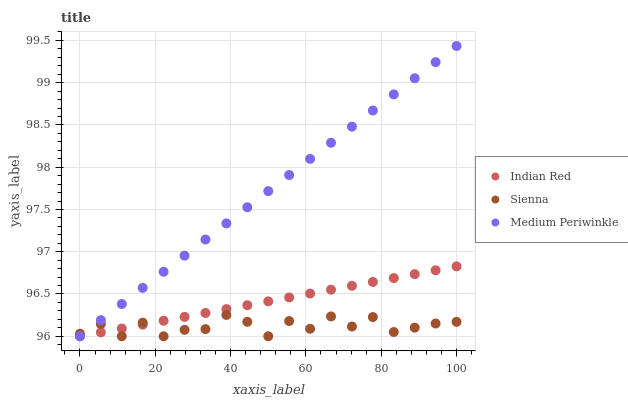
| xaxis_label | Indian Red | Sienna | Medium Periwinkle |
 | --- | --- | --- | --- |
 | 0 | 96 | 96 | 96 |
 | 5.56 | 96 | 96.1 | 96.2 |
 | 11.1 | 96.1 | 96 | 96.4 |
 | 16.7 | 96.1 | 96.2 | 96.6 |
 | 22.2 | 96.2 | 96 | 96.8 |
 | 27.8 | 96.2 | 96.1 | 97 |
 | 33.3 | 96.3 | 96.1 | 97.1 |
 | 38.9 | 96.3 | 96.3 | 97.3 |
 | 44.4 | 96.4 | 96.2 | 97.5 |
 | 50 | 96.4 | 96 | 97.7 |
 | 55.6 | 96.5 | 96.2 | 97.9 |
 | 61.1 | 96.5 | 96.1 | 98.1 |
 | 66.7 | 96.6 | 96.2 | 98.3 |
 | 72.2 | 96.6 | 96.1 | 98.5 |
 | 77.8 | 96.6 | 96.2 | 98.7 |
 | 83.3 | 96.7 | 96.1 | 98.9 |
 | 88.9 | 96.7 | 96.1 | 99.1 |
 | 94.4 | 96.8 | 96.2 | 99.2 |
 | 100 | 96.8 | 96.2 | 99.4 |